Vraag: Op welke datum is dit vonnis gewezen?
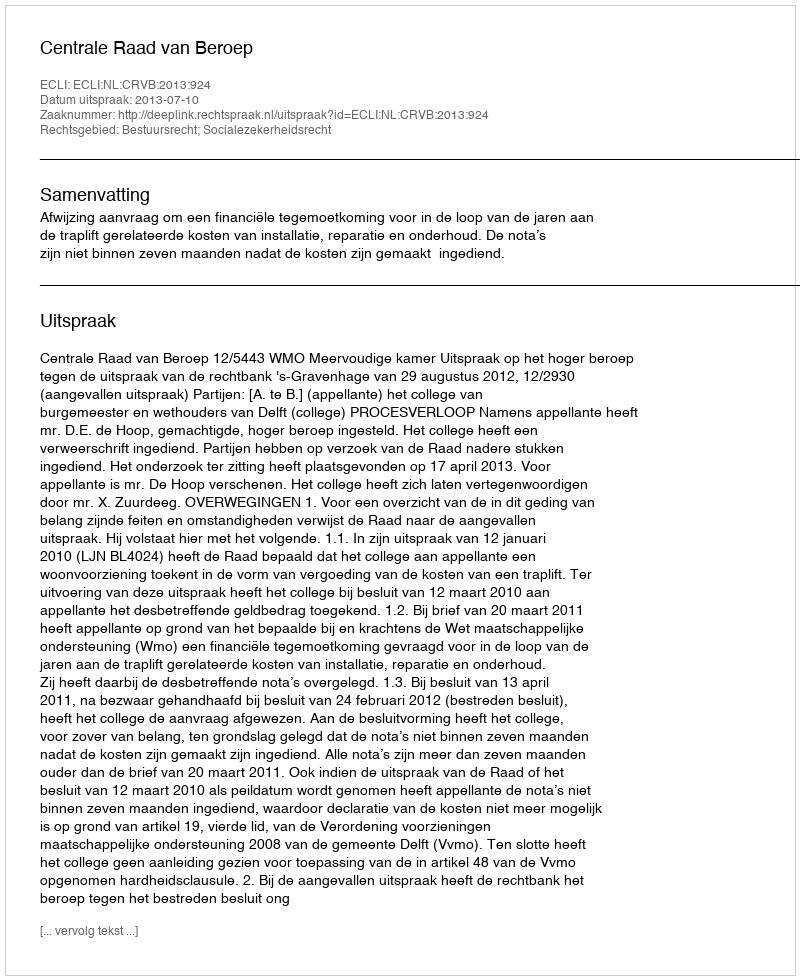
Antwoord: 2013-07-10